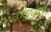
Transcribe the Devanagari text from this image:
तंगुतुरी